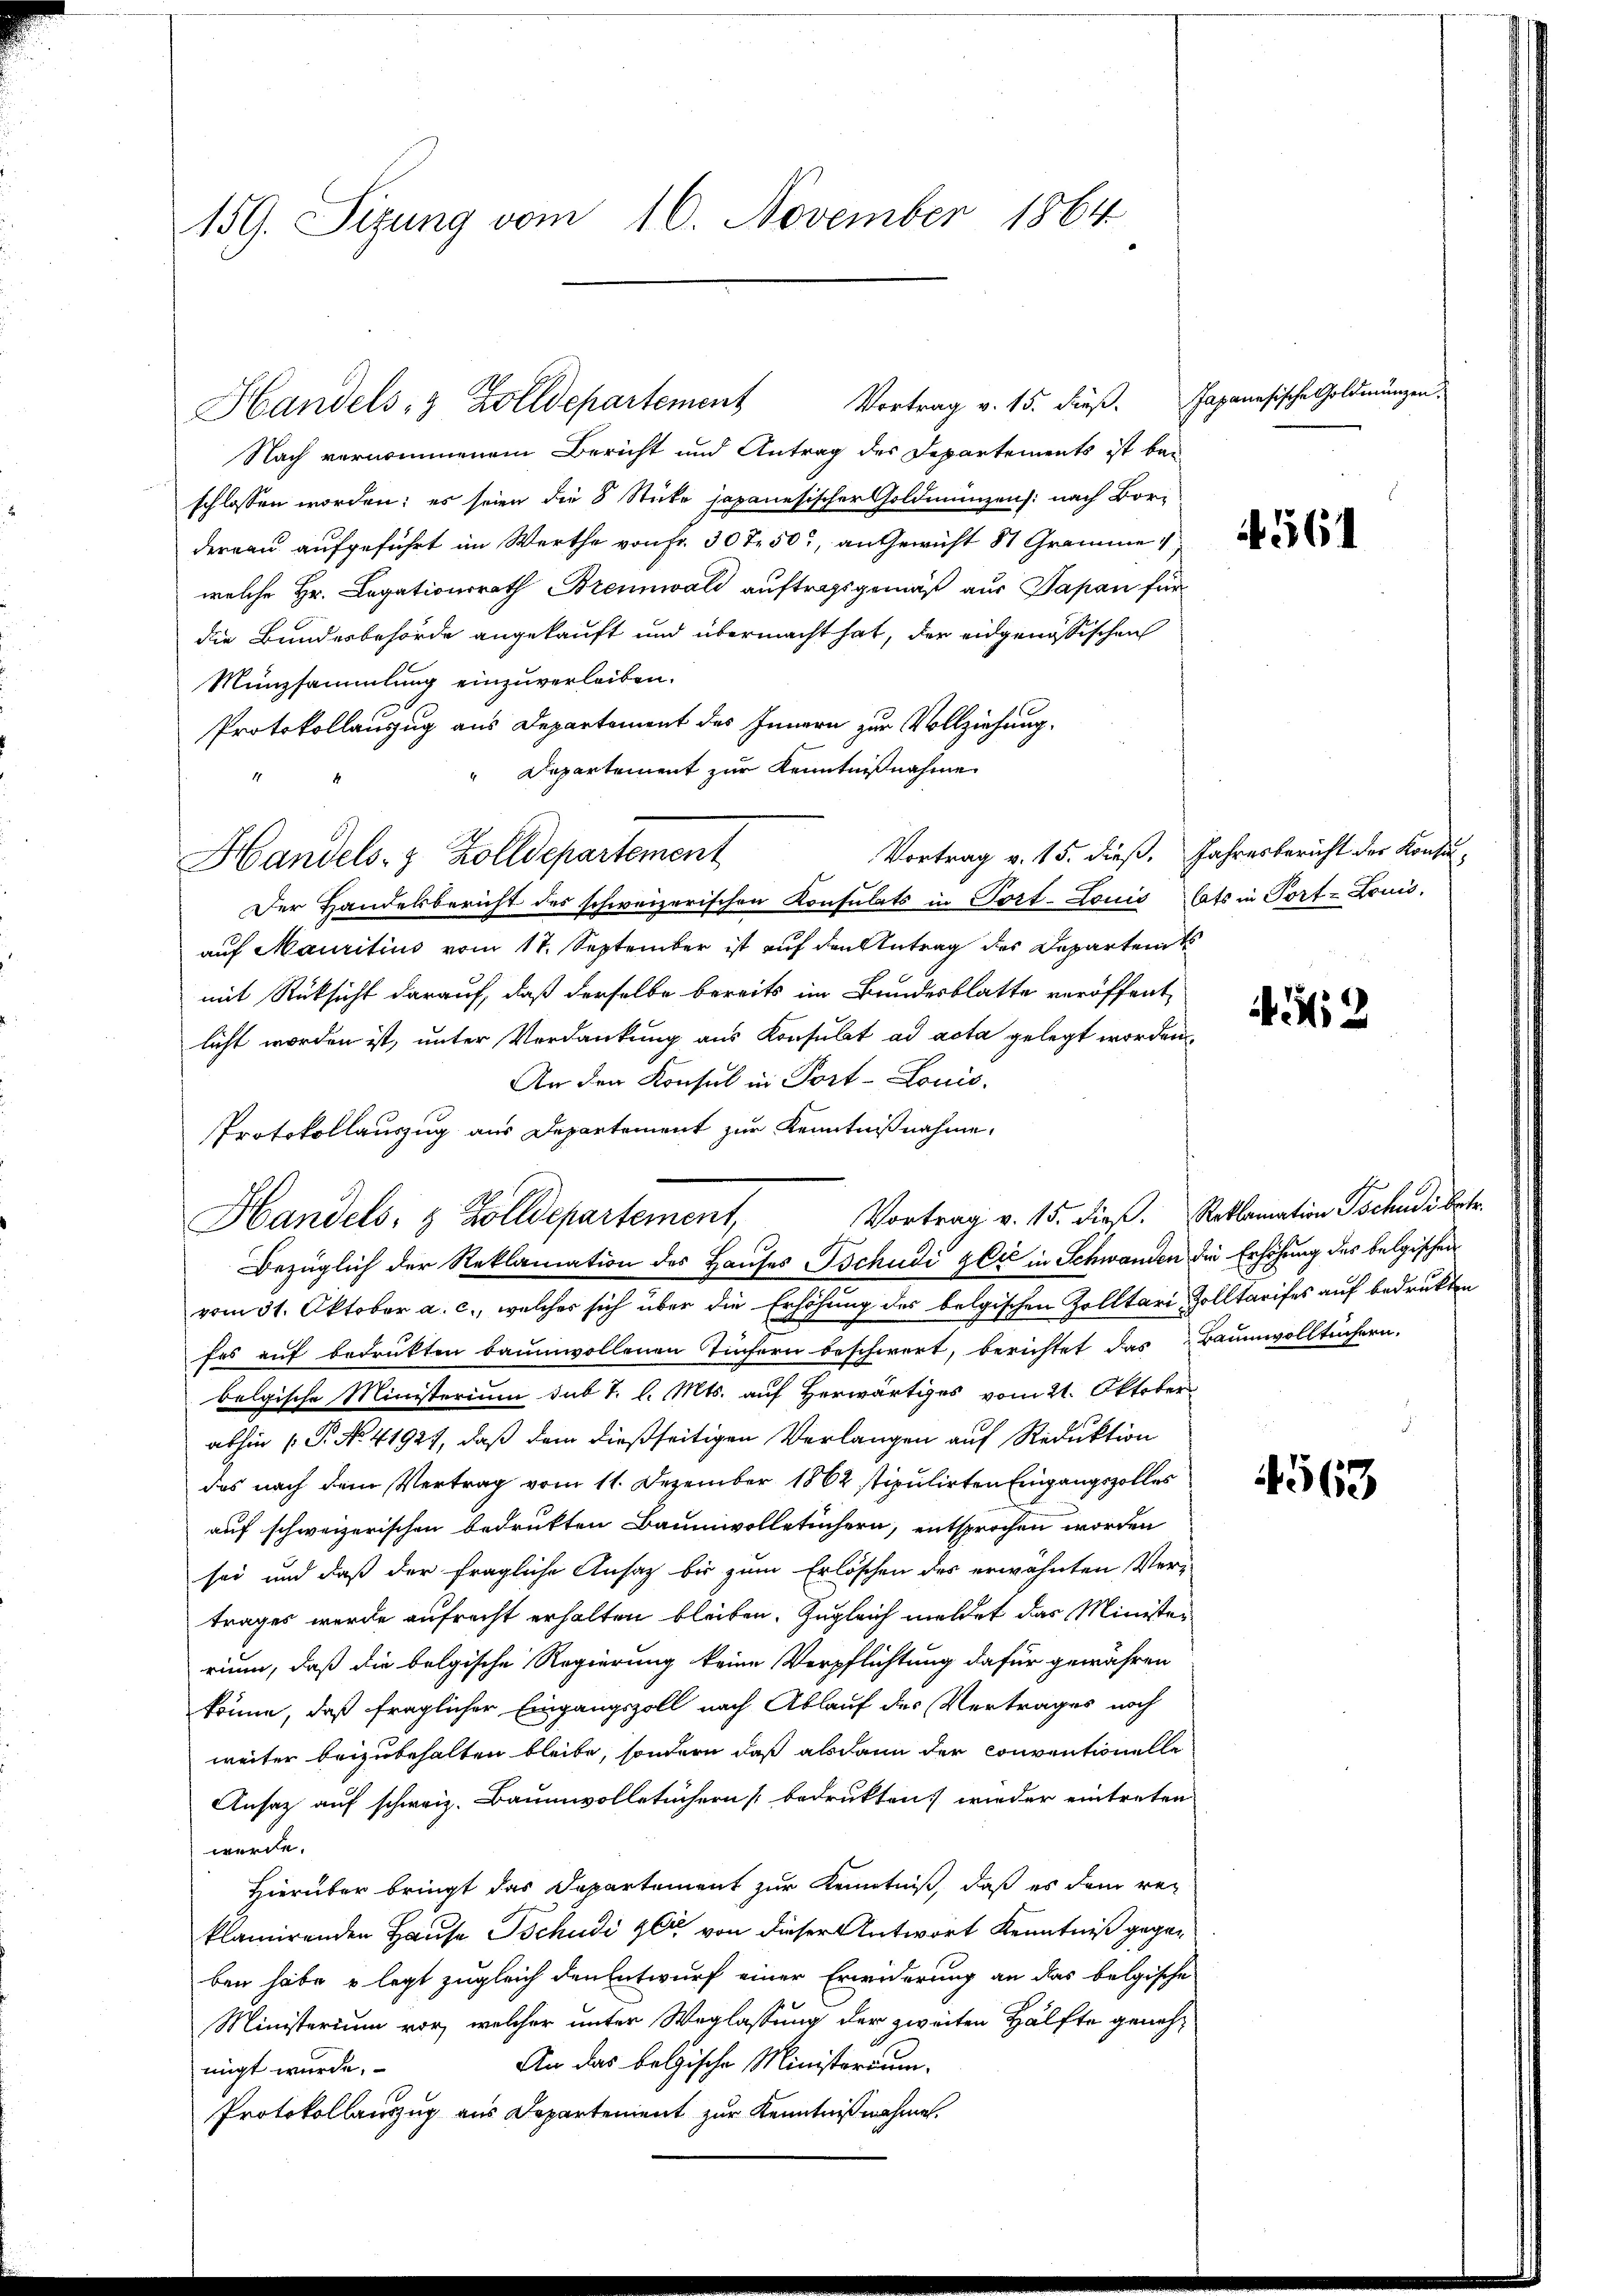
159. Sizung vom 16. November 1864

Handels- & Zolldepartement Vortrag v. 15. dieβ.  Japanesische Goldmungen

Nach vernommenem Bericht und Antrag des Departements ist bei
schlossen worden; es seien die 8 Stücke japanesischer Goldmünzen: nach Bor-
derrau aufgeführt im Werthe von Fr. 30 Fr. 50, an Gewicht 81 Gramme 1
welche Hr. Legationsrath Brennwald auftragsgemäß aus Papan für
die Bundesbehörde angekauft und übermacht hat, der eidgenössischen
Münzsammlung einzuverleiben.
Protokollauszug aus Departement des Innern zur Vollziehung.
" Departement zur Kenntnißnahme
Vortrag v. 15. dieß. Jahresbericht der Konsu-
Handels- & Zolldepartement
Der Handelsbericht des schweizerischen Konsulats in Port- Louis lats in Port-Louis
auf Mauritius vom 17. September ist auf den Antrag des Departem
mit Rücksicht darauf, daß derselbe bereits im Bundesblatte veröffent
licht worden ist, unter Verdankung aus Konsulat ad acta gelegt worden.
An den Konsul in Port-Louis-
Protokollauszug aus Departement zur Kenntnißnahme,
Handels- & Zolldepartement,
Bezüglich der Reklamation des Hauses Tschudi gli in Schwanden die Erhöhung des belgischen
vom 31. Oktober a. c., welcher sich über die Erhöhung des belgischen Zolltari, Zolltarifes auf bedrukten
fes auf bedrükten baumwollenen Tiefern beschwert, berichtet das Baumwolltüchern.
belgische Ministerium sub 1. l. Mts. auf Herwärtiges vom 21. Oktober
abhin (P. No. 41921, daß dem dießseitigen Verlangen auf Reduktion
das nach dem Vertrag vom 11. Dezember 1862 stipulirten Eingangszolles
auf schweizerischen bedrukten Baumwolletüchern, entsprochen worden
sei und daß der fragliche Ansatz bis zum Erlöschen des erwähnten Ver-
trages wurde aufrecht erhalten bleiben. Zugleich meldet das Minister
rium, daß die belgische Regierung keine Verpflichtung dafür gewähren
könne, daß fraglicher Eingangszoll nach Ablauf des Vertrages noch
weiter beizubehalten bleibe, sondern daß alsdann der Conventionelle
Ansatz auf schweiz. Baumwolletüchern bedrukten, wieder eintreten.
werde.
Hierüber bringt das Departement zur Kenntniß, daß es dem rei
klamirenden Hause schudi gli von dieser Antwort Kenntniß gegen
ben habe u legt zugleich den Entwurf einer Erwiderung an das belgische
Ministerium vor, welcher unter Weglassung der zweiten Hälfte geneh¬
An das belgische Ministerium.
migt wurde.
Protokollauszug aus Departement zur Kenntnißnahme.

561

Mii2

Vortrag v. 15. dieß. Reklamation Tschudi betr.

563